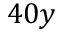
4 0 y